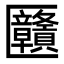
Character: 㔶